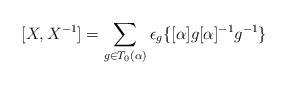
LaTeX: \begin{align*} [X,X^{-1}]=\sum_{g\in T_0(\alpha)} \epsilon_g\{[\alpha]g[\alpha]^{-1}g^{-1} \} \end{align*}